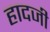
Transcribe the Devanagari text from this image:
हादजी